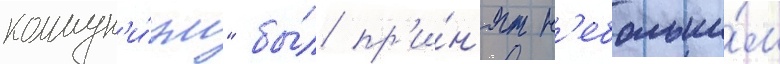
коммун'и́зм" бы́л пр'и́н'ят н'ебольши́м